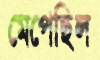
মেপেছিল